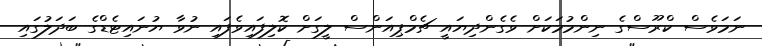
ނަމަވެސް ކްރޫސްގެ ނިންމުމަކަށް ވެގެންދިޔައީ ޗެމްޕިއަންސް ލީގަށް ކޮލިފައިވެފައި ނުވާ ޔުނައިޓެޑްގެ ބަދަލުގައި